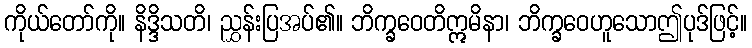
ကိုယ်တော်ကို။ နိဒ္ဒိသတိ၊ ညွှန်းပြအပ်၏။ ဘိက္ခဝေတိဣမိနာ၊ ဘိက္ခဝေဟူသောဤပုဒ်ဖြင့်။